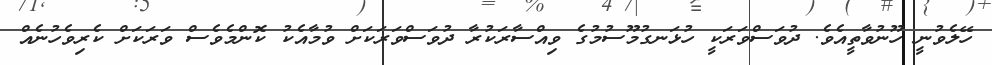
ހޭލެވުނީ ހޫނުވާތީއެވެ. ދުވަސްވަރަކީ ހުޅަނގުމޫސުމުގެ ވިއްސާރަކުރާ ދުވަސްވަރަކަށް ވުމާއެކު ކޮންމެވެސް ވަރަކަށް ކެރިވެހުނެއް